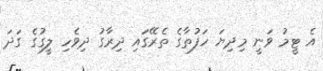
އެ ޓީމު ވަނީ މިދިޔަ ހަފުތާގެ ތެރޭގައި ދިރާގު ދިވެހި ލީގުގެ ގަދަ